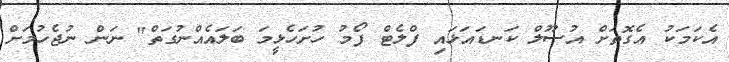
އެކަމަކު އެގޮތަށް އުސޫލް ކަނޑައަޅައި ފްލެޓް ފޯމު ހުށަހެޅީމަ ބަލައެއްނުގަތް" ނަން ނުޖެހުމަށް